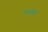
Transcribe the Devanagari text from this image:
वामनचं